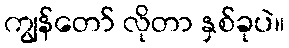
ကျွန်တော် လိုတာ နှစ်ခုပဲ။